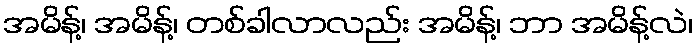
အမိန့်၊ အမိန့်၊ တစ်ခါလာလည်း အမိန့်၊ ဘာ အမိန့်လဲ၊